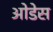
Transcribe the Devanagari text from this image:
ओडेस